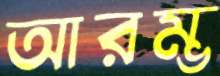
আরম্ভ